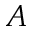
A